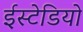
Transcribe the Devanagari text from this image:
ईस्टेडियो